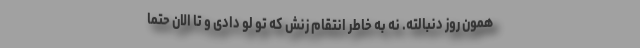
همون روز دنبالته. نه به خاطر انتقام زنش که تو لو دادی و تا الان حتماً